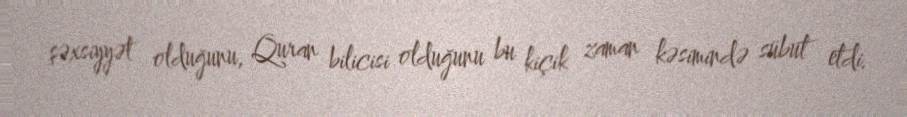
şəxsiyyət olduğunu, Quran bilicisi olduğunu bu kiçik zaman kəsimində sübut etdi.